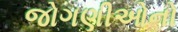
જોગણીઓનો